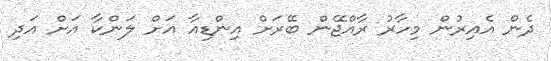
ދެން އެއިރުން މިހާރު ރާއްޖޭން ބޭރަށް އިންޑިއާ އަށް ލަންކާ އަށް އަދި